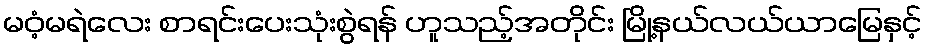
မဝံ့မရဲလေး စာရင်းပေးသုံးစွဲရန် ဟူသည့်အတိုင်း မြို့နယ်လယ်ယာမြေနှင့်